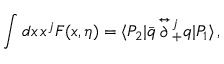
\int d x \, x ^ { j } F ( x , \eta ) = \langle P _ { 2 } | \bar { q } \! \stackrel { \leftrightarrow } { \partial } { \! } _ { + } ^ { j } q | P _ { 1 } \rangle \, ,